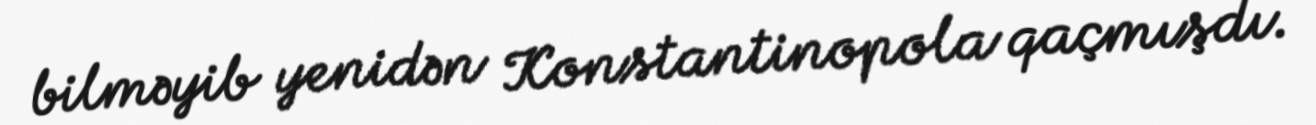
bilməyib yenidən Konstantinopola qaçmışdı.